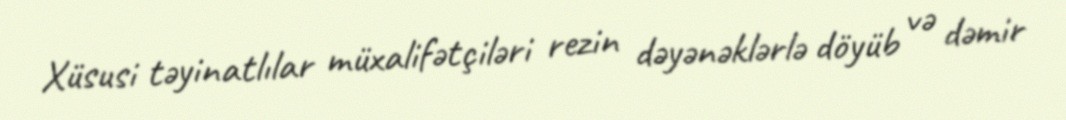
Xüsusi təyinatlılar müxalifətçiləri rezin dəyənəklərlə döyüb və dəmir